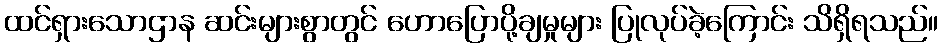
ထင်ရှားသောဌာန ဆင်းများစွာတွင် ဟောပြောပို့ချမှုများ ပြုလုပ်ခဲ့ကြောင်း သိရှိရသည်။